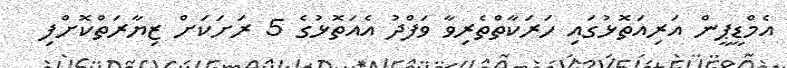
އެމްޑީޕީން އަރިއަތޮޅުގައި ހަރަކާތްތެރިވާ ވަފްދު އެއަތޮޅުގެ 5 ރަށަކަށް ޒިޔާރަތްކޮށްފި